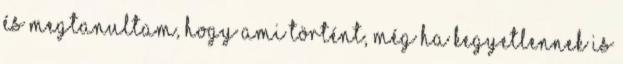
És megtanultam, hogy ami történt, még ha kegyetlennek is